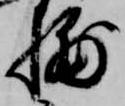
捕